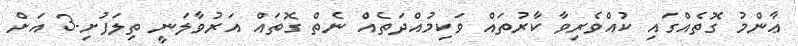
ޢާންމު ގޮތެއްގައި ކުއްވެރިވާ ކާރުތައް ވަކިމުއްދަތެއް ނެތް ގޮތައް އަރުވާލަނީ ތިލަފުށި-3 އަށް